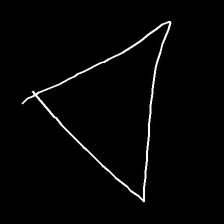
Glyph: convergence